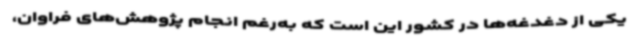
یکی از دغدغه‌ها در کشور این است که به‌رغم انجام پژوهش‌های فراوان،